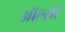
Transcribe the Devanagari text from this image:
ऑल्सो